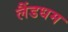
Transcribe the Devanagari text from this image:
लैंडधम